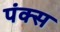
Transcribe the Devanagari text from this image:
पंक्स